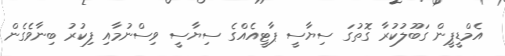
އެމްޑީޕީން ގަބޫލުކުރާ ގޮތުގަ ސިޔާސީ ޕާޓީއެއްގެ ސިޔާސީ ވިސްނުމާއި ފިކުރު ބިނާވެގެން